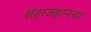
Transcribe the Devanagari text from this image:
शहाजहानचा